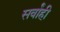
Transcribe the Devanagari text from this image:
सर्वांही